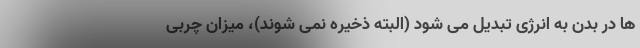
ها در بدن به انرژی تبدیل می شود (البته ذخیره نمی شوند)، میزان چربی